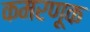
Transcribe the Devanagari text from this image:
कमरणूक